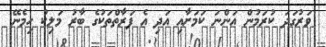
ވަރުގަދަ ކުރަމުން އަންނަ ކަމަށާއި އަދި އެ ފަރާތްތަކުގެ ބާރު މަލިކު ހިމެނޭ